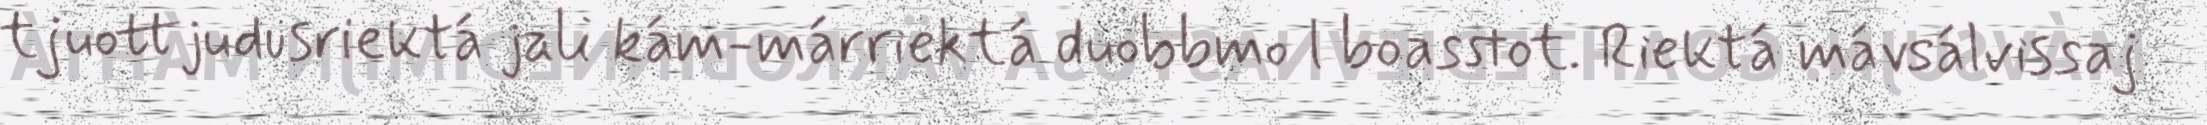
tjuottjudusriektá jali kám-márriektá duobbmo l boasstot. Riektá mávsálvissaj